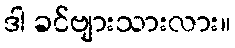
ဒါ ခင်ဗျားသားလား။